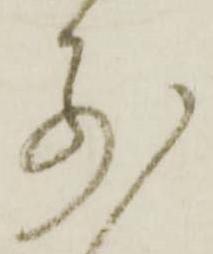
別